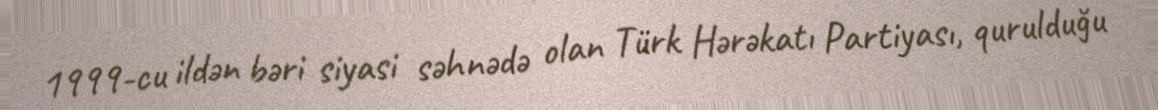
1999-cu ildən bəri siyasi səhnədə olan Türk Hərəkatı Partiyası, qurulduğu